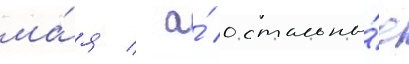
ма́я / а́ остальны́е